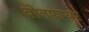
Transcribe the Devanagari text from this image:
बोनफायर